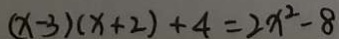
( x - 3 ) ( x + 2 ) + 4 = 2 x ^ { 2 } - 8